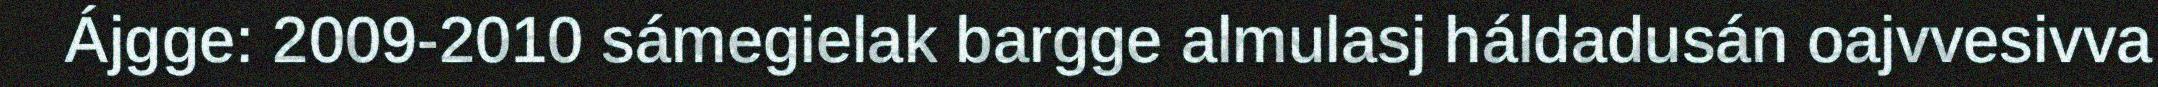
Ájgge: 2009-2010 sámegielak bargge almulasj háldadusán oajvvesivva